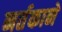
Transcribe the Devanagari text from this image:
नर्तकाने